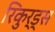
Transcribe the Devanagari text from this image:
रिकुर्ड्स